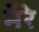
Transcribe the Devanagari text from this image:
मॅरे